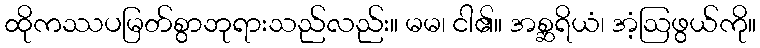
ထိုကဿပမြတ်စွာဘုရားသည်လည်း။ မမ၊ ငါ၏။ အစ္ဆရိယံ၊ အံ့ဩဖွယ်ကို။